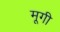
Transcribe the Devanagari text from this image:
मूगी